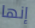
إنها